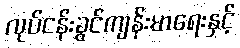
လုပ်ငန်းခွင်ကျန်းမာရေးနှင့်